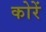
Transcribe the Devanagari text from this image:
कोरें